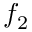
f _ { 2 }